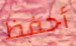
أحفظ